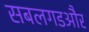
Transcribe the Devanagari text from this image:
सबलगडऔर